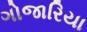
ગોજારિયા